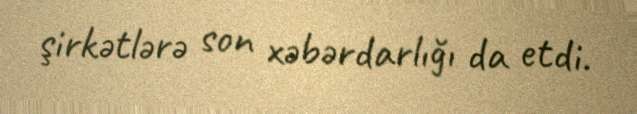
şirkətlərə son xəbərdarlığı da etdi.